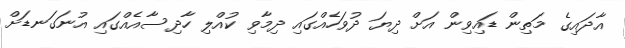
އާދައިގެ މަތިން ޑައިވިން އަށް ދިޔަ ދުވަހެއްގައި ދިމާވި ކުއްލި ހާދިސާއެއްގައި އުނަގަނޑަށް